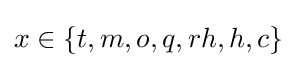
x\in \{t,m,o,q,rh,h,c\}